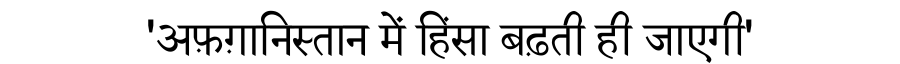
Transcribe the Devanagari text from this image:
'अफ़ग़ानिस्तान में हिंसा बढ़ती ही जाएगी'